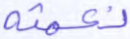
نعمته